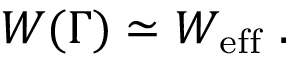
W ( \Gamma ) \simeq W _ { \mathrm { e f f } } \ .